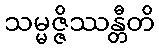
သမ္မဇ္ဇိဿန္တီတိ